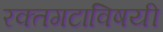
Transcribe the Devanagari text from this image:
रक्तगटाविषयी